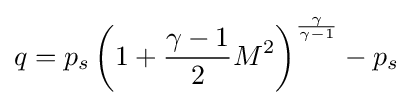
q=p_{s}\left(1+{\frac {\gamma -1}{2}}M^{2}\right)^{\frac {\gamma }{\gamma -1}}-p_{s}